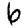
Digit: 6